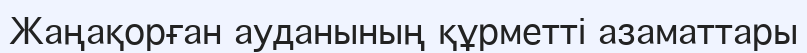
Жаңақорған ауданының құрметті азаматтары